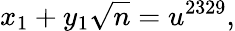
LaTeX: x_{1}+y_{1}{\sqrt{n}}=u^{2329},